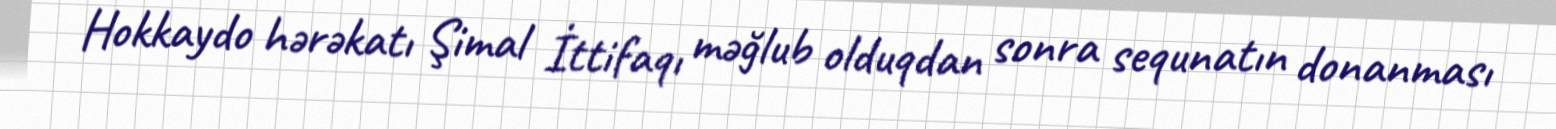
Hokkaydo hərəkatı Şimal İttifaqı məğlub olduqdan sonra sequnatın donanması